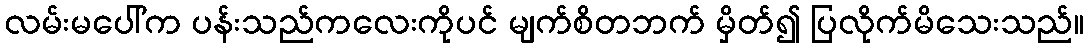
လမ်းမပေါ်က ပန်းသည်ကလေးကိုပင် မျက်စိတဘက် မှိတ်၍ ပြလိုက်မိသေးသည်။